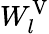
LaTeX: W_{l}^{\mathrm{V}}